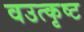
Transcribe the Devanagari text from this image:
वउत्कृष्ट